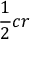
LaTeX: { \frac { 1 } { 2 } } c r